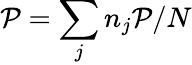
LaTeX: \mathcal{P}=\sum_{j}n_{j}\mathcal{P}/N